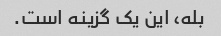
بله، این یک گزینه است.